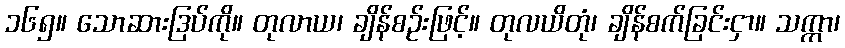
၁၆၅။ သောဆားဒြပ်ကို။ တုလာယ၊ ချိန်စဉ်းဖြင့်။ တုလယိတုံ၊ ချိန်စက်ခြင်းငှာ။ သက္ကာ၊